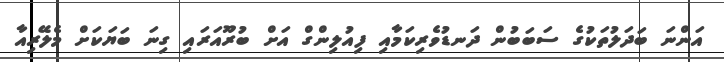
އަންނަ ބަދަލުތަކުގެ ސަބަބުން ދަނޑުވެރިކަމާއި ފިއުލިންގް އަށް ބުރޫއަރައި ގިނަ ބަޔަކަށް މެލޭރިއާ